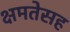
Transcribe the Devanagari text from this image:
क्षमतेसह